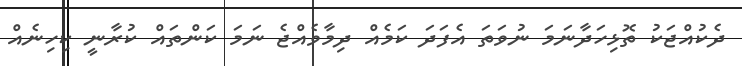
ދެކުއްޖަކު ތޮޅިހަދާނަމަ ނުވަތަ އެފަދަ ކަމެއް ދިމާވެއްޖެ ނަމަ ކަންތައް ކުރާނީ ކިހިނެއް